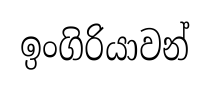
ඉංගිරියාවන්